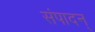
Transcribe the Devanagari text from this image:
संपादन्